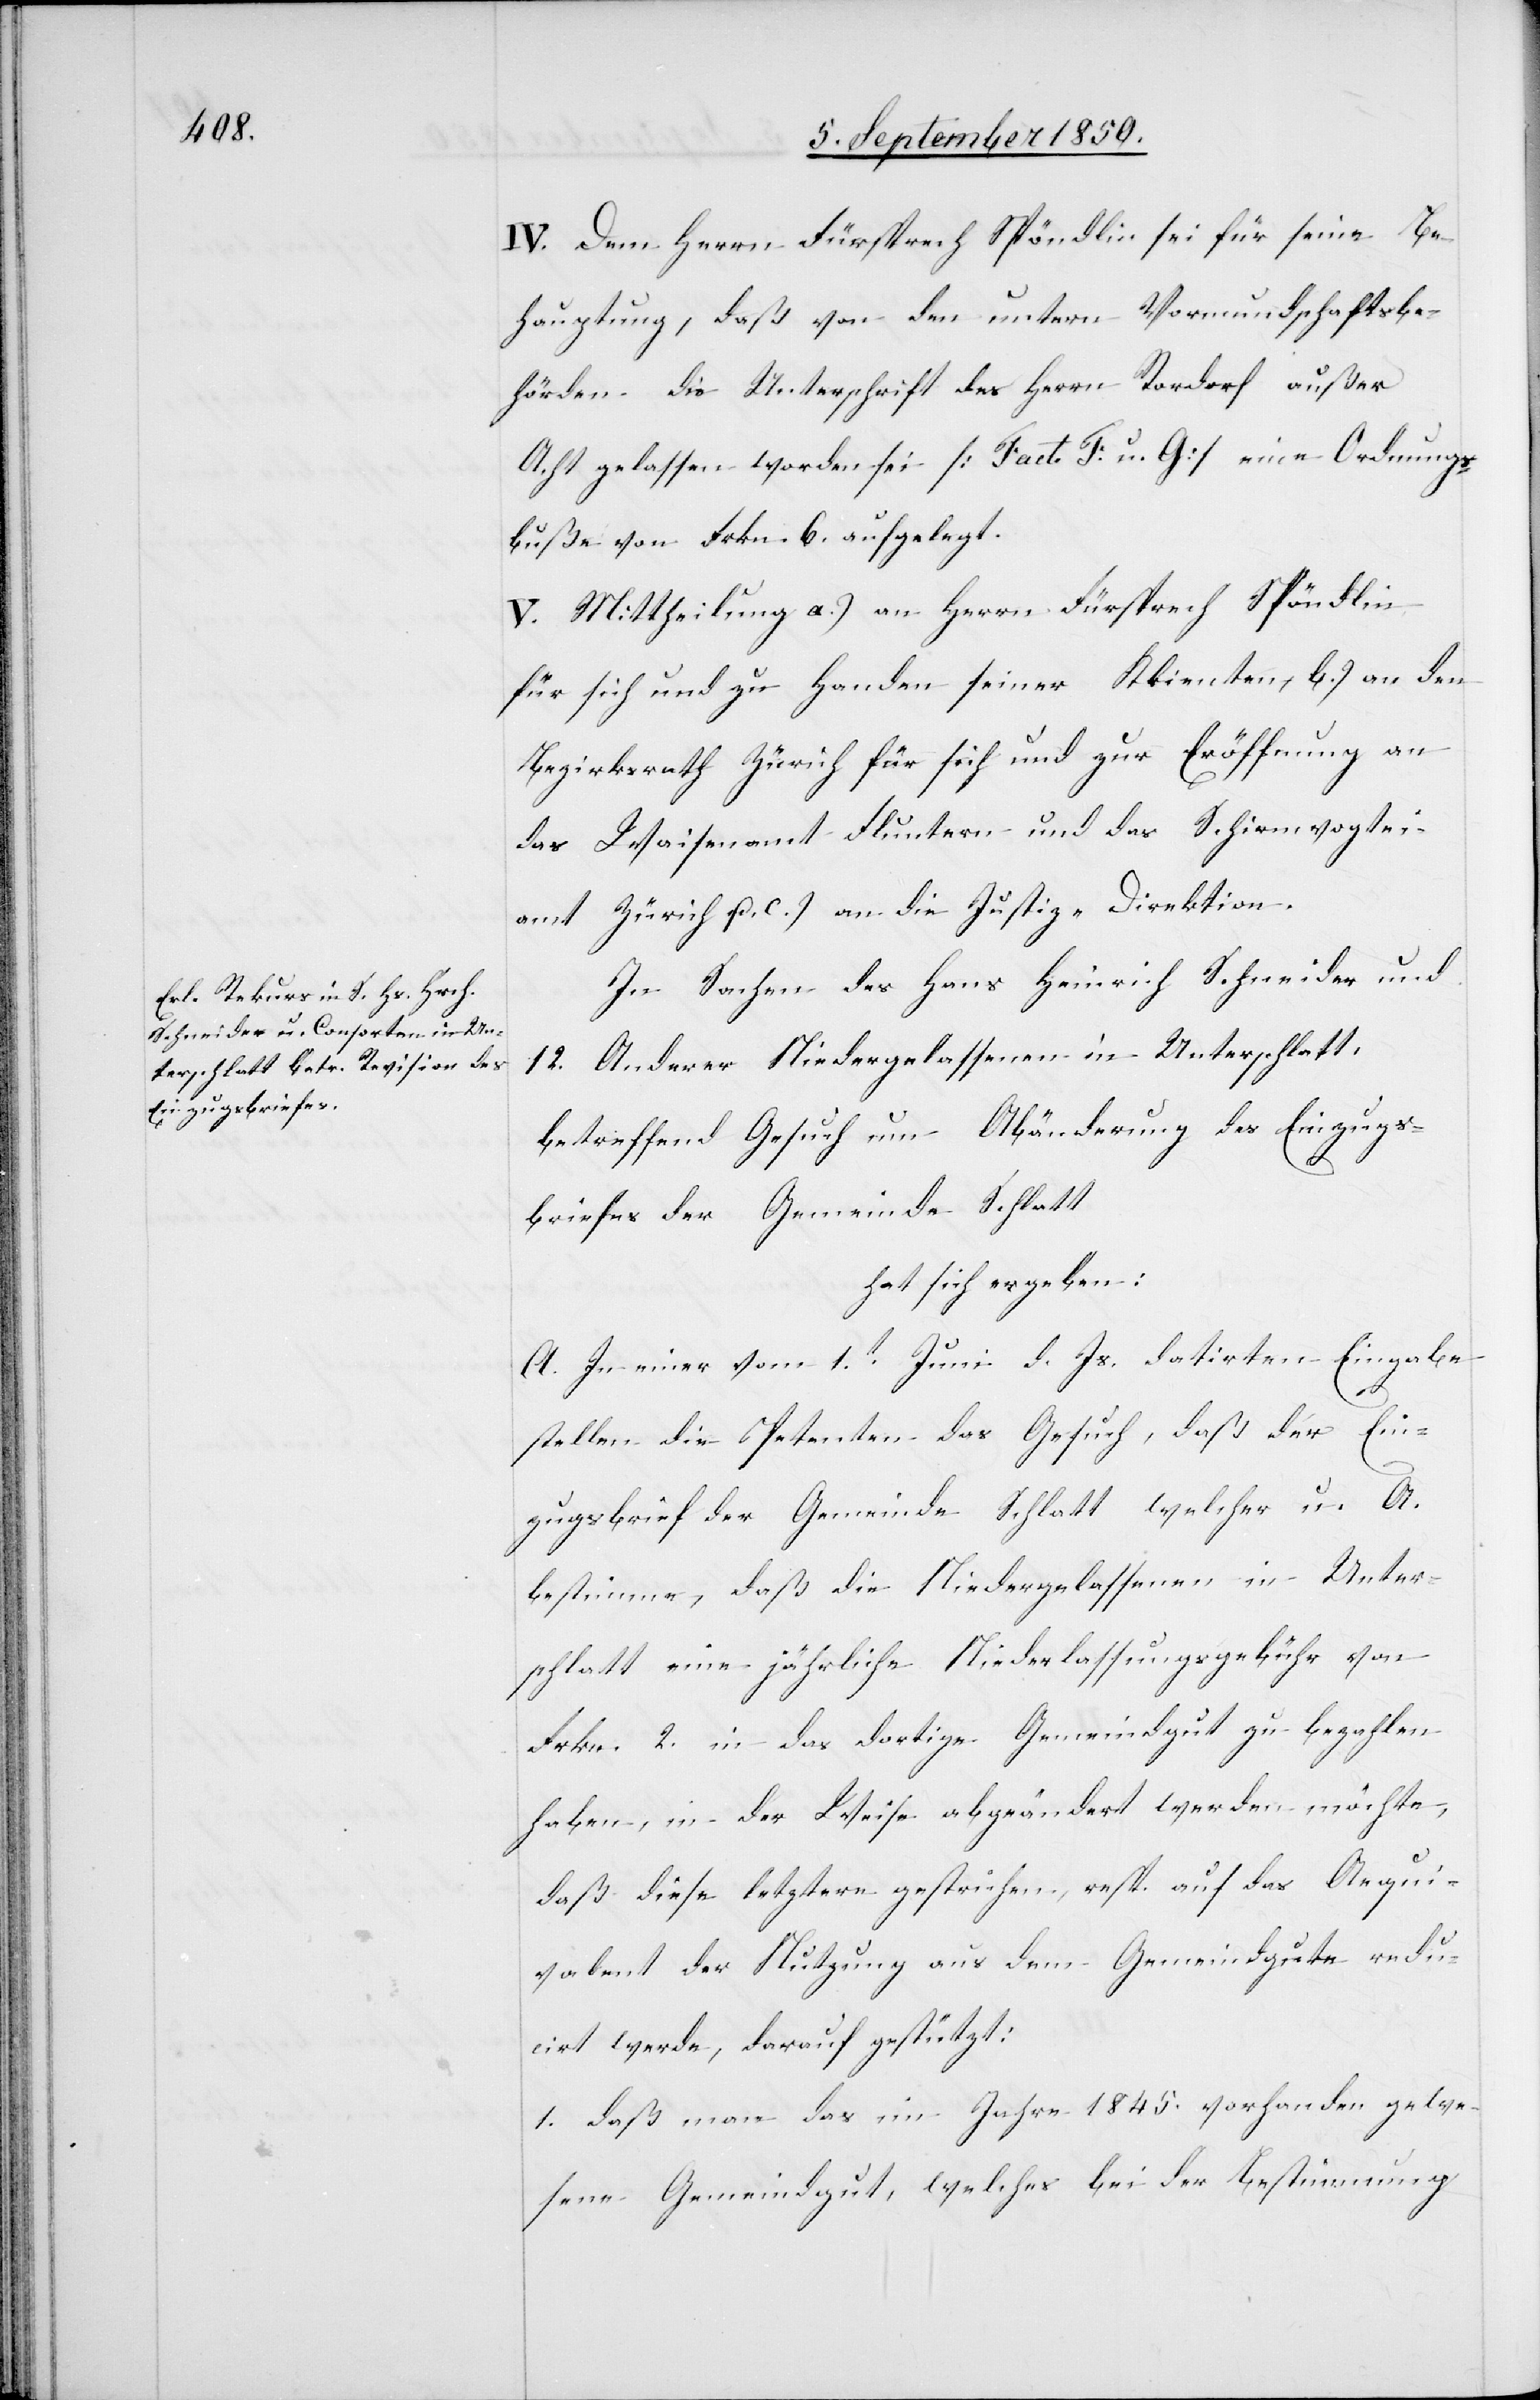
IV. Dem Herrn Fürsprech Spöndlin sei für seine Be¬
hauptung, daß von den untern Vormundschaftsbe¬
hörden die Unterschrift des Herrn Rordorf außer
Acht gelassen worden sei [Fact. F u. G] eine Ordnungs¬
buße von Frkn. 6. aufgelegt.
V. Mittheilung a.) an Herrn Fürsprech Spöndlin
für sich und zu Handen seiner Klienten, b.) an den
Bezirksrath Zürich für sich und zur Eröffnung an
das Waisenamt Fluntern und das Schirmvogtei¬
amt Zürich u. c.) an die Justiz-Direktion.
In Sachen des Hans Heinrich Schneider und
12. Anderer Niedergelassenen in Unterschlatt,
betreffend Gesuch um Abänderung des Einzugs¬
briefes der Gemeinde Schlatt
hat sich ergeben:
A. In einer vom 1t Juni d. Js. datirten Eingabe
stellen die Petenten das Gesuch, daß der Ein¬
zugsbrief der Gemeinde Schlatt welcher u. A.
bestimme, daß die Niedergelassenen in Unter¬
schlatt eine jährliche Niederlassungsgebühr von
Frkn. 2. in das dortige Gemeindgut zu bezahlen
haben, in der Weise abgeändert werden möchte,
daß diese letztere gestrichen, resp. auf das Aequi¬
valent der Nutzung aus dem Gemeindgute redu¬
cirt werde, darauf gestützt:
1. daß man das im Jahre 1845. vorhanden gewe¬
sene Gemeindgut, welches bei der Bestimmung